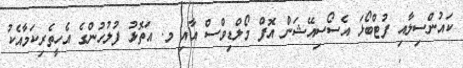
ކައުންސިލާއި ފުޓްބޯޅަ އެސޯސިއޭޝަން އޮފް މޯލްޑިވްސް އާއި މ. އަތޮޅު ފުލުހުންގެ އެހީތެރިކަމާއެކު